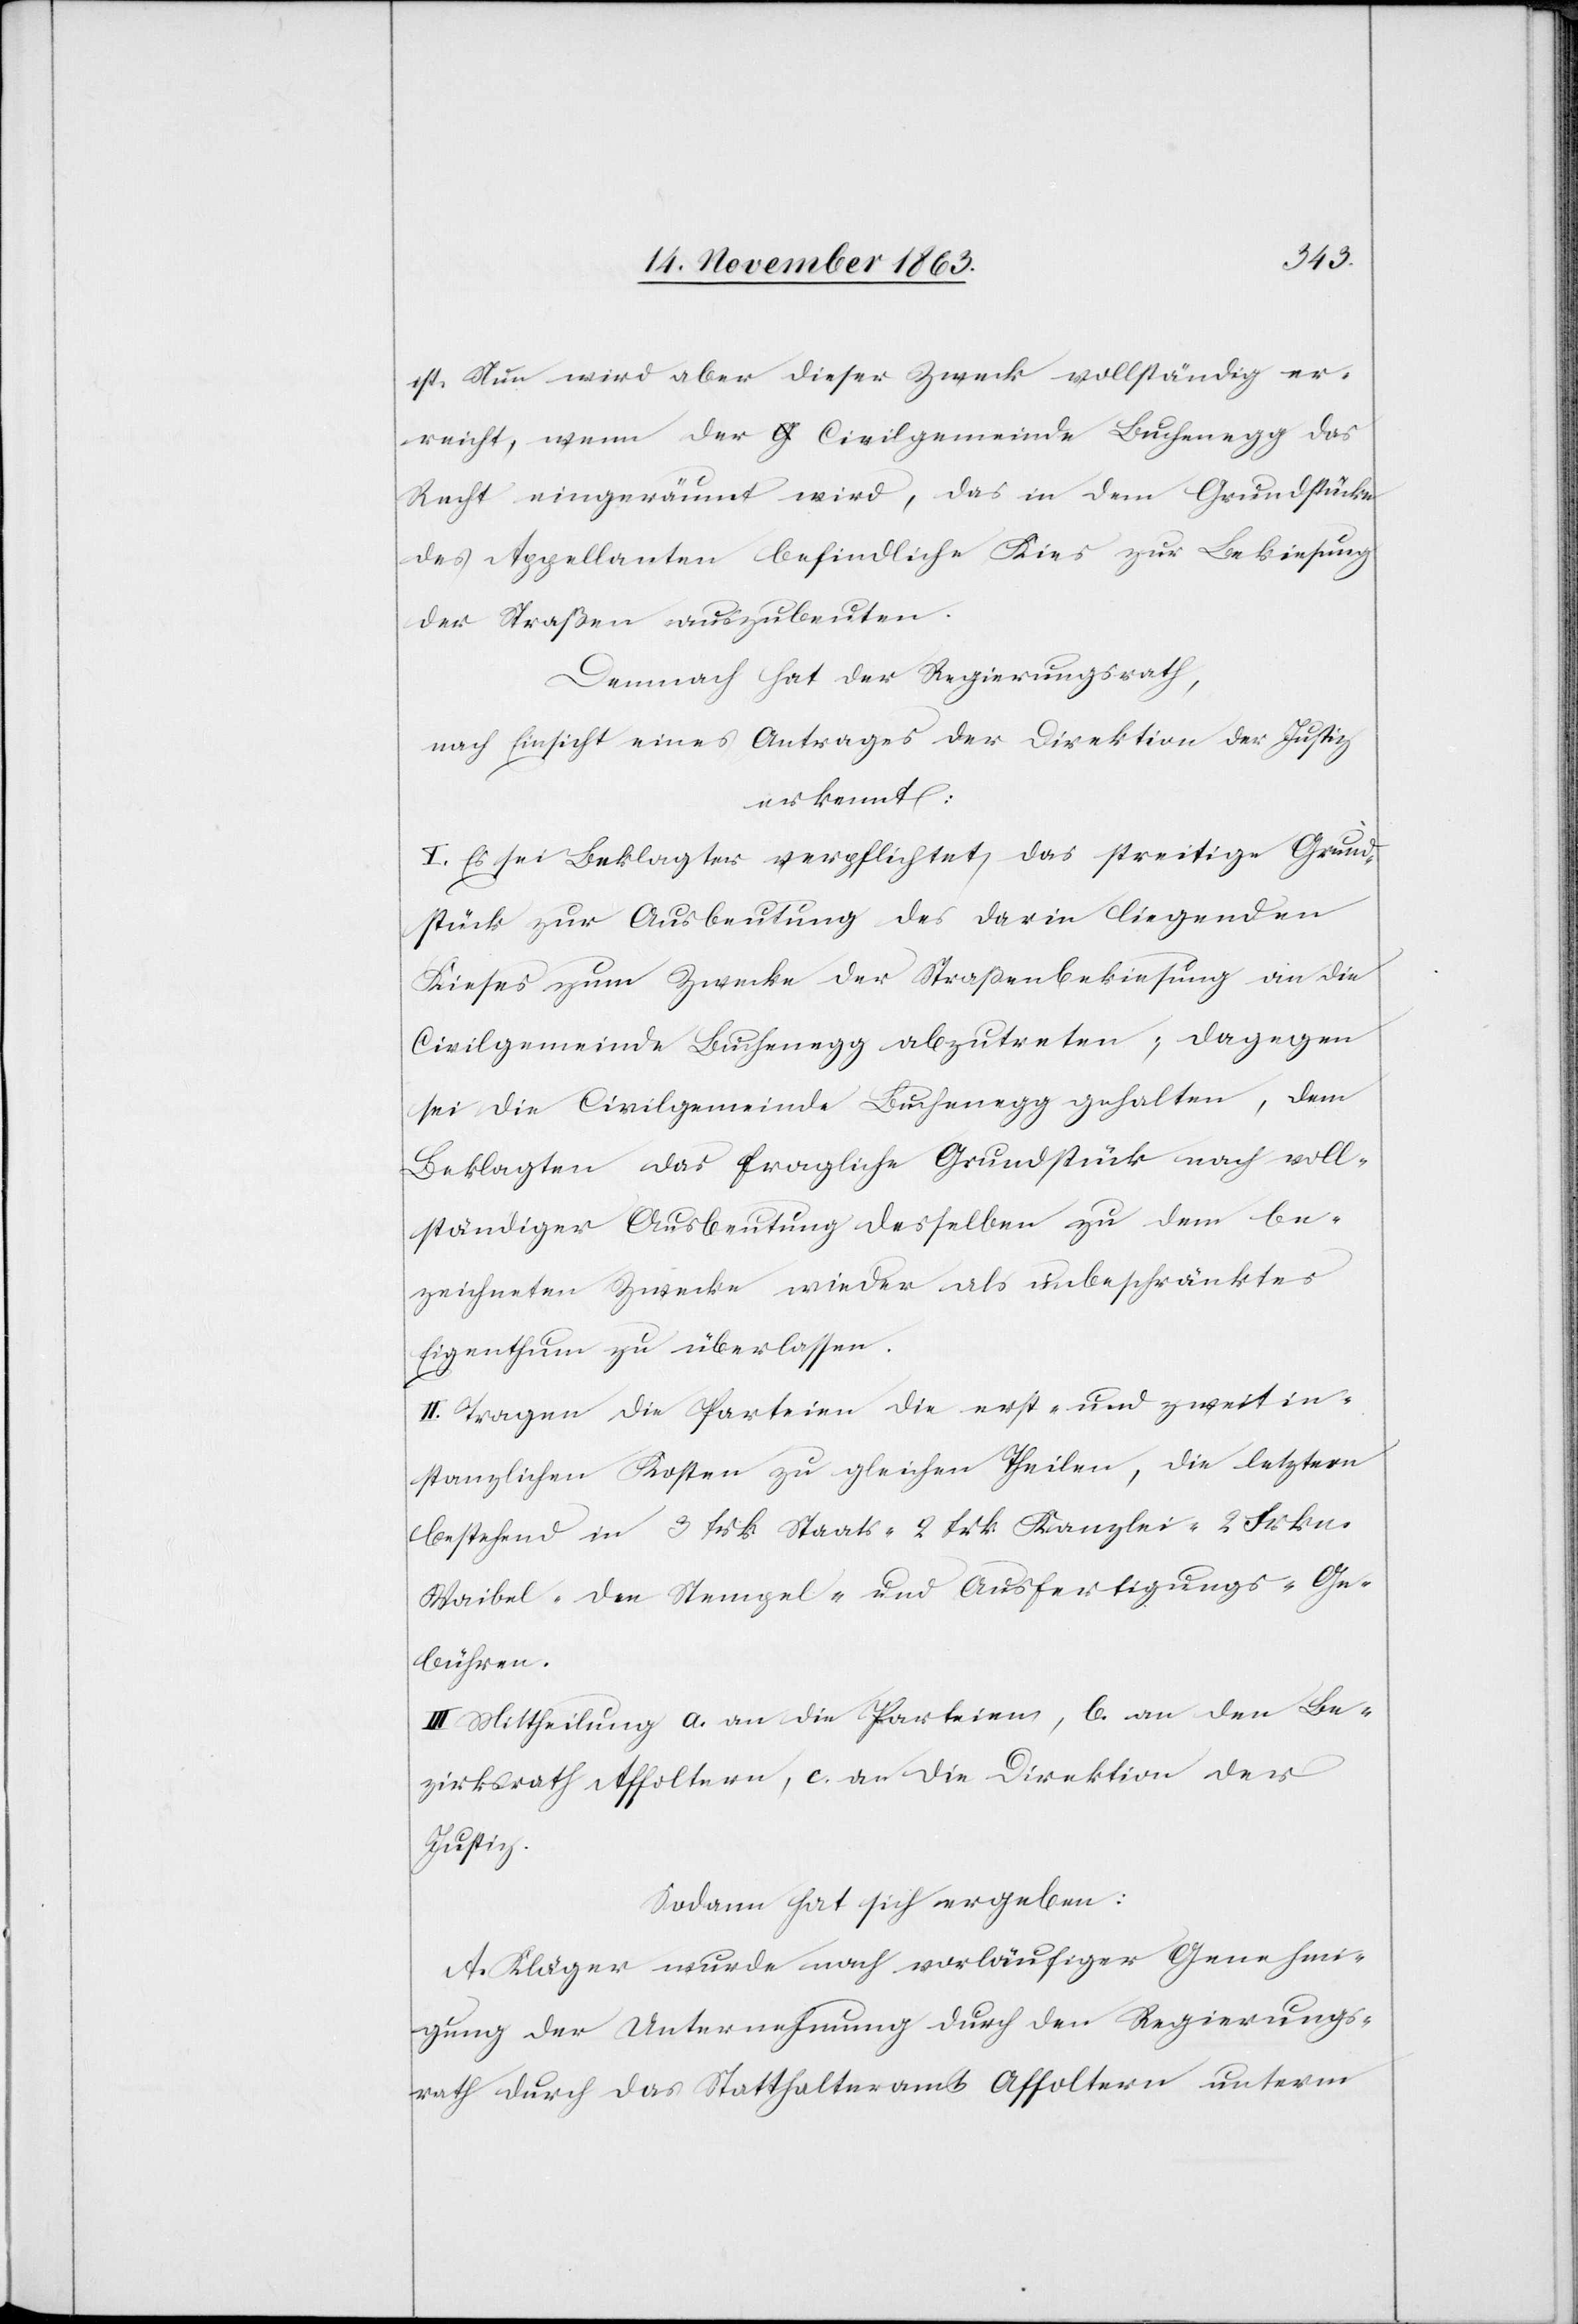
ist. Nun wird aber dieser Zweck vollständig er¬
reicht, wenn der Civilgemeinde Buchenegg das
Recht eingeräumt wird, das in dem Grundstücke
des Appellanten befindliche Kies zur Bekiesung
der Straßen auszubeuten.
Demnach hat der Regierungsrath,
nach Einsicht eines Antrages der Direktion der Justiz
erkennt:
I. Es sei Beklagter verpflichtet, das streitige Grund¬
stück zur Ausbeutung des darin liegenden
Kieses zum Zwecke der Straßenbekiesung an die
Civilgemeinde Buchenegg abzutreten; dagegen
sei die Civilgemeinde Buchenegg gehalten, dem
Beklagten das fragliche Grundstücke nach voll¬
ständiger Ausbeutung desselben zu dem be¬
zeichneten Zwecke wieder als unbeschränktes
Eigenthum zu überlassen.
II. Tragen die Parteien die erst- und zweitin¬
stanzlichen Kosten zu gleichen Theilen, die letztern
bestehend in 3 frk Staats-[,] 2 frk Kanzlei-[,] 2 Frkn.
Waibel-[,] den Stempel- und Ausfertigungs-Ge¬
bühren.
III. Mittheilung a. an die Parteien, b. an den Be¬
zirksrath Affoltern, c. an die Direktion der
Justiz.
Sodann hat sich ergeben:
A. Kläger wurde nach vorläufiger Genehmi¬
gung der Unternehmung durch den Regierungs¬
rath durch das Statthalteramt Affoltern unterm